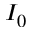
I _ { 0 }